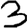
Digit: 3